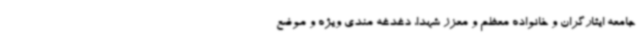
جامعه ایثارگران و خانواده معظم و معزز شهدا، دغدغه مندی ویژه و موضع